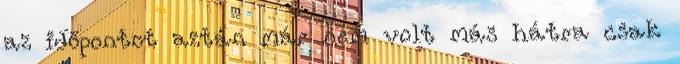
az időpontot aztán már nem volt más hátra csak